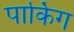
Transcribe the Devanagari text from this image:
पार्किग